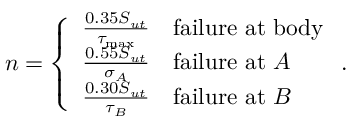
n = \left\{ \begin{array} { l l } { \frac { 0 . 3 5 S _ { u t } } { \tau _ { \mathrm { m a x } } } } & { \mathrm { f a i l u r e \ a t \ b o d y } } \\ { \frac { 0 . 5 5 S _ { u t } } { \sigma _ { A } } } & { \mathrm { f a i l u r e \ a t \ } A } \\ { \frac { 0 . 3 0 S _ { u t } } { \tau _ { B } } } & { \mathrm { f a i l u r e \ a t \ } B } \end{array} \right. .